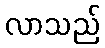
လာသည်